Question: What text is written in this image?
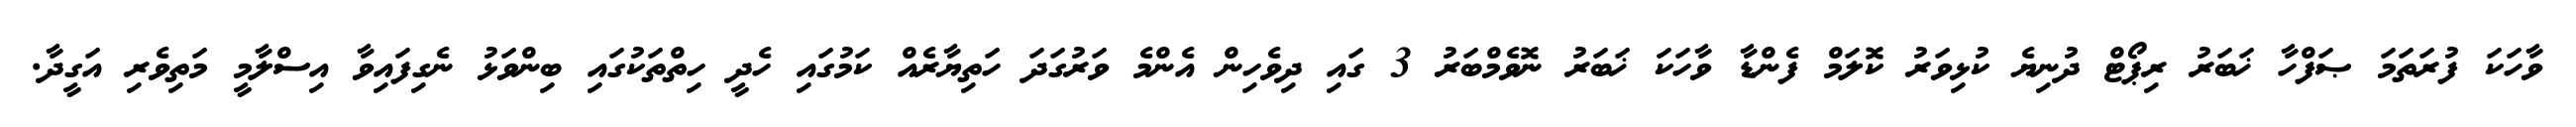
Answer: ވާހަކަ ފުރަތަމަ ޞަފްހާ ޚަބަރު ރިޕޯޓް ދުނިޔެ ކުޅިވަރު ކޮލަމް ފެންޑާ ވާހަކަ ޚަބަރު ނޮވެމްބަރު 3 ގައި ދިވެހިން އެންމެ ވަރުގަދަ ހަތިޔާރެއް ކަމުގައި ހެދީ ހިތްތަކުގައި ބިންވަޅު ނެގިފައިވާ އިސްލާމީ މަތިވެރި އަގީދާ.